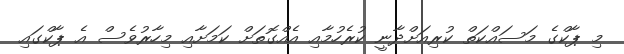
މި ޕާކްގެ މަސައްކަތް ކުރިއަށްދާނީ ކުރެހުމާއި އެއްގޮތަށް ކަމަށާއި މިހާރުވެސް އެ ޕާކްގައި